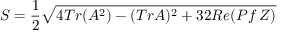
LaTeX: S = { \frac { 1 } { 2 } } \sqrt { 4 T r ( A ^ { 2 } ) - ( T r A ) ^ { 2 } + 3 2 R e ( P f \, Z ) }